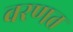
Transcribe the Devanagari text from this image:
वरणत